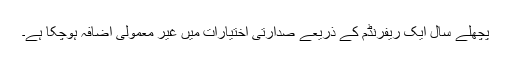
پچھلے سال ایک ریفرنڈم کے ذریعے صدارتی اختیارات میں غیر معمولی اضافہ ہوچکا ہے۔